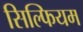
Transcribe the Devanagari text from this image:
सिल्फियम